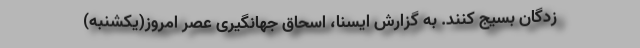
زدگان بسیج کنند. به گزارش ایسنا، اسحاق جهانگیری عصر امروز(یکشنبه)